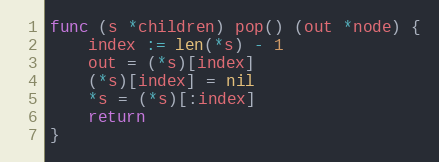
Language: Go
func (s *children) pop() (out *node) {
	index := len(*s) - 1
	out = (*s)[index]
	(*s)[index] = nil
	*s = (*s)[:index]
	return
}